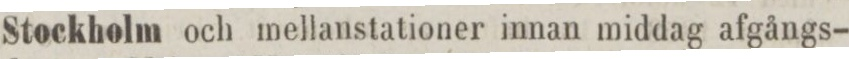
Stockholm och mellanstationer innan middag afgångs-